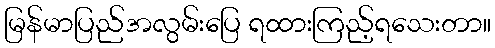
မြန်မာပြည်အလွမ်းပြေ ရထားကြည့်ရသေးတာ။